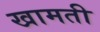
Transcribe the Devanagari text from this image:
खामती